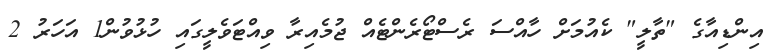
އިންޑިއާގެ "ތާލީ" ކެއުމަށް ހާއްސަ ރެސްޓޯރެންޓެއް ޖުމެއިރާ ވިއްޓަވެލީގައި ހުޅުވުން1 އަހަރު 2